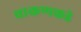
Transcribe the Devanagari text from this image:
चाकणकडे